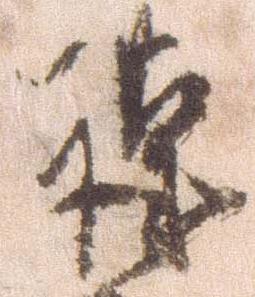
謹